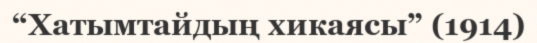
“Хатымтайдың хикаясы” (1914)